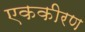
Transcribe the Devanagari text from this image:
एककीरण